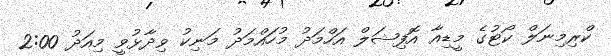
ކްރިމިނަލް ކޯޓުގެ މީޑިއާ އޮފިޝަލް އަހްމަދު މުހައްމަދު މަނިކު ވިދާޅުވީ މިއަދު 2:00